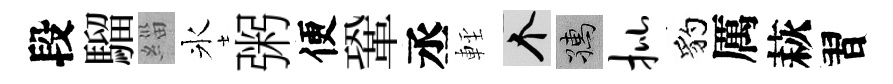
段騮緇氷粥便鞏丞䡖个孺批豹厲萩習